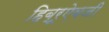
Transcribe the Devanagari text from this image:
हिब्रूऐवजी